Indian journal of veterinary science and animal husbandry - Volumes 18-21, 1948-1951
Year: 1948
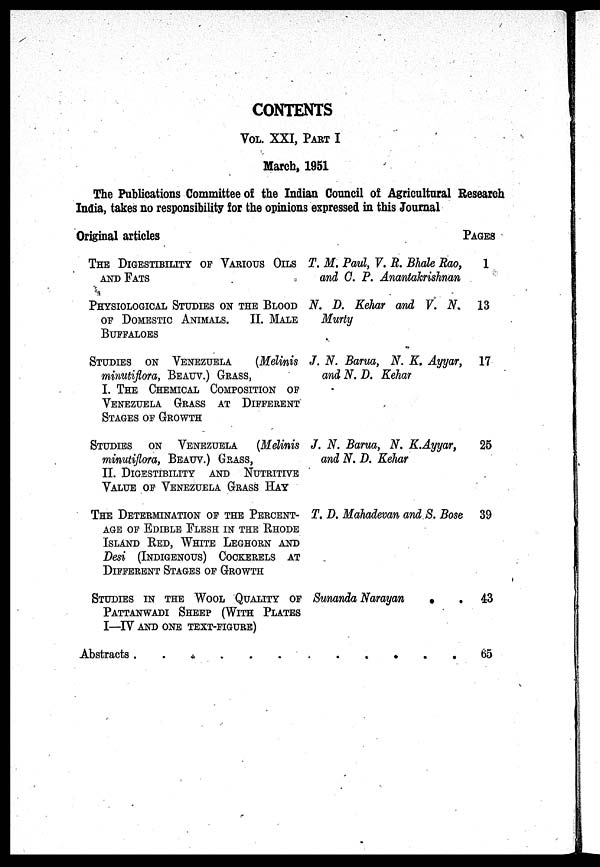
CONTENTS
Vol. XXI, PART I
March, 1951
The Publications Committee of the Indian Council of Agricultural Research
India, takes no responsibility for the opinions expressed in this Journal
Original articles
THE DIGESTIBILITY OF VARIOUS OILS
AND FATS
PHYSIOLOGICAL STUDIES ON THE BLOOD
OF DOMESTIC ANIMALS. II. MALE
BUFFALOES
STUDIES ON VENEZUELA (Melinis
minutiflora, BEAUV.) GRASS,
I. THE CHEMICAL COMPOSITION OF
VENEZUELA GRASS AT DIFFERENT
STAGES OF GROWTH
STUDIES ON VENEZUELA (Melinis
minutiflora, BEAUV.) GRASS,
II. DIGESTIBILITY AND NUTRITIVE
VALUE OF VENEZUELA GRASS HAY
THE DETERMINATION OF THE PERCENT-
AGE OF EDIBLE FLESH IN THE RHODE
ISLAND RED, WHITE LEGHORN AND
Desi (INDIGENOUS) COCKERELS AT
DIFFERENT STAGES OF GROWTH
STUDIES IN THE WOOL QUALITY OF
PATTANWADI SHEEP (WITH PLATES
I—IV AND ONE TEXT-FIGURE)
Abstracts .
.
.
.
.
T. M. Paul, V. R. Bhale Rao,
and G. P. Anantakrishnan
N. D. Kehar and V. N.
Murty
J. N. Barua, N. K. Ayyar,
and N. D. Kehar
J. N. Barua, N. K.Ayyar,
and N. D. Kehar
T. D. Mahadevan and S. Bose
Sunanda Narayan
.
.
. . . .
PAGES
1
13
17
25
39
43
65